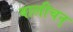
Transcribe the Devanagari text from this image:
बालीचन्